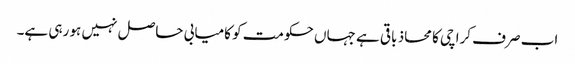
اب صرف کراچی کا محاذ باقی ہے جہاں حکومت کو کامیابی حاصل نہیں ہو رہی ہے۔